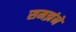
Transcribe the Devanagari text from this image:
समझंने